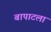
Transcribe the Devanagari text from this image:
बापाटला